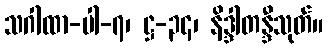
သဂါထာ-ပါ-၇၊ ဋ္ဌ-၃၄၊ နိဒ္ဒါတန္ဒီသုတ်။